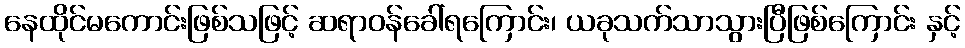
နေထိုင်မကောင်းဖြစ်သဖြင့် ဆရာဝန်ခေါ်ရကြောင်း၊ ယခုသက်သာသွားပြီဖြစ်ကြောင်း နှင့်